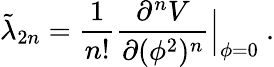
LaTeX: \tilde{\lambda}_{2n}={\frac{1}{n!}}{\frac{\partial^{n}V}{\partial(\phi^{2})^{n}}}\Big|_{\phi=0}\ .